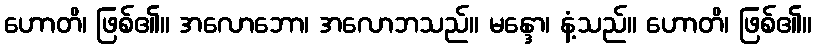
ဟောတိ၊ ဖြစ်၏။ အလောဘော၊ အလောဘသည်။ မန္ဒော၊ နံ့သည်။ ဟောတိ၊ ဖြစ်၏။